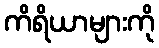
ကိရိယာများကို